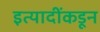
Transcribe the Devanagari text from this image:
इत्यादींकडून